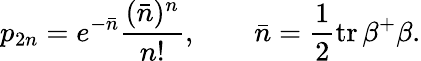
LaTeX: p_{2n}=e^{-\bar{n}}\frac{(\bar{n})^{n}}{n!},\qquad\bar{n}=\frac 12\mathrm{tr}\, \beta^{+}\beta.